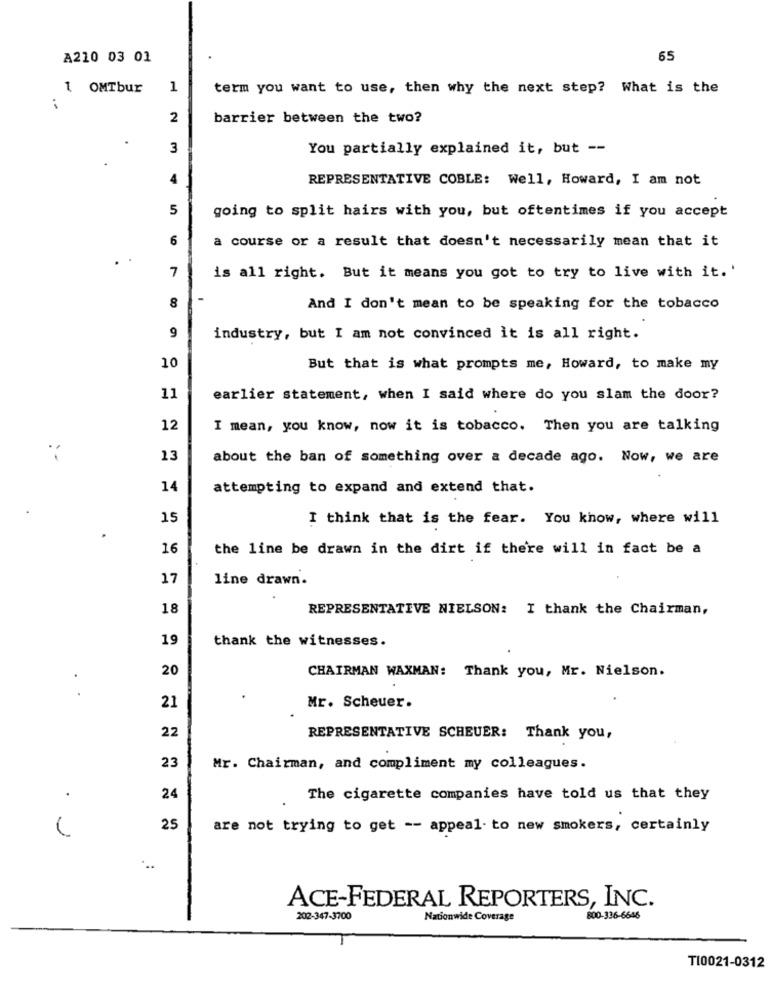
A210 03 01
65
1 OMTbur 1
term you want to use, then why the next step? What is the
2
barrier between the two?
3
You partially explained it, but --
4
REPRESENTATIVE COBLE: Well, Howard, I am not
5
going to split hairs with you, but oftentimes if you accept
6
a course or a result that doesn't necessarily mean that it
7
is all right. But it means you got to try to live with it.'
8
And I don't mean to be speaking for the tobacco
9
industry, but I am not convinced it is all right.
10
But that is what prompts me, Howard, to make my
11
earlier statement, when I said where do you slam the door?
12
I mean, you know, now it is tobacco. Then you are talking
13
about the ban of something over a decade ago. Now, we are
14
attempting to expand and extend that.
15
I think that is the fear. You know, where will
16
the line be drawn in the dirt if there will in fact be a
17
line drawn.
18
REPRESENTATIVE NIELSON: I thank the Chairman,
19
thank the witnesses.
20
CHAIRMAN WAXMAN: Thank you, Mr. Nielson.
.
21
Mr. Scheuer.
22
REPRESENTATIVE SCHEUER: Thank you,
23
Mr. Chairman, and compliment my colleagues.
24
The cigarette companies have told us that they
25
are not trying to get -- appeal- to new smokers, certainly
...
ACE-FEDERAL REPORTERS, INC.
202-347-3700
Nationwide Coverage
800-336-6646
TI0021-0312